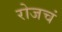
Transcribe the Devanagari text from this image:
रोजचं